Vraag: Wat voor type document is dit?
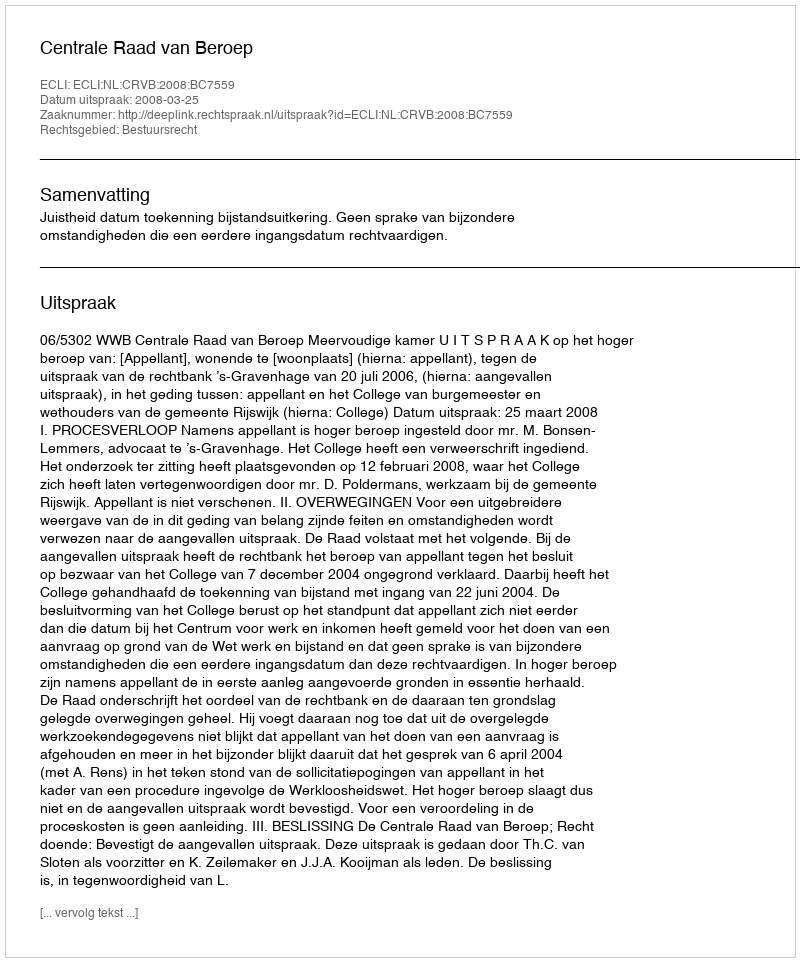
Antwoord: Uitspraak